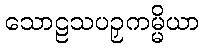
သောဠသပဉှကမ္မိယာ